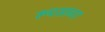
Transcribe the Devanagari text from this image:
रूपसागर